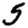
Digit: 5